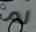
لم